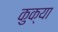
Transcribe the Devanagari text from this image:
कुक्या